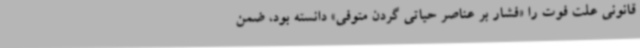
قانونی علت فوت را «فشار بر عناصر حیاتی گردن متوفی» دانسته بود، ضمن